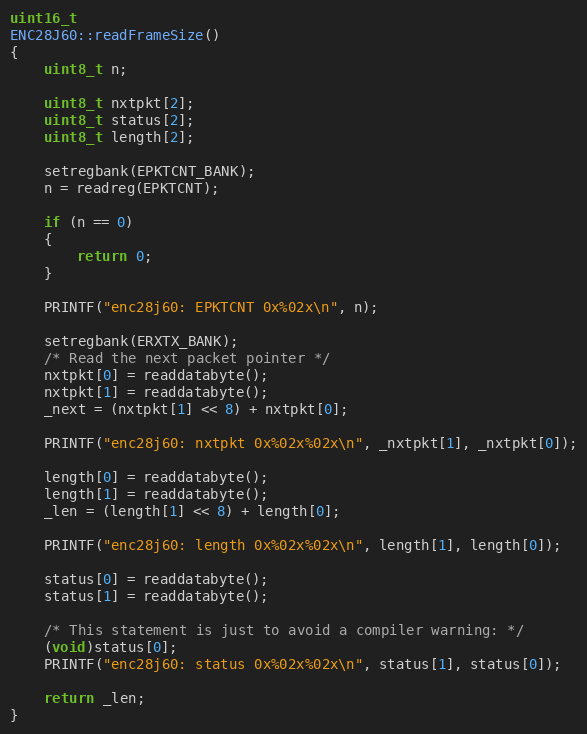
Language: C++
uint16_t
ENC28J60::readFrameSize()
{
    uint8_t n;

    uint8_t nxtpkt[2];
    uint8_t status[2];
    uint8_t length[2];

    setregbank(EPKTCNT_BANK);
    n = readreg(EPKTCNT);

    if (n == 0)
    {
        return 0;
    }

    PRINTF("enc28j60: EPKTCNT 0x%02x\n", n);

    setregbank(ERXTX_BANK);
    /* Read the next packet pointer */
    nxtpkt[0] = readdatabyte();
    nxtpkt[1] = readdatabyte();
    _next = (nxtpkt[1] << 8) + nxtpkt[0];

    PRINTF("enc28j60: nxtpkt 0x%02x%02x\n", _nxtpkt[1], _nxtpkt[0]);

    length[0] = readdatabyte();
    length[1] = readdatabyte();
    _len = (length[1] << 8) + length[0];

    PRINTF("enc28j60: length 0x%02x%02x\n", length[1], length[0]);

    status[0] = readdatabyte();
    status[1] = readdatabyte();

    /* This statement is just to avoid a compiler warning: */
    (void)status[0];
    PRINTF("enc28j60: status 0x%02x%02x\n", status[1], status[0]);

    return _len;
}